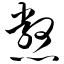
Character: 憋